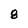
Character: 8